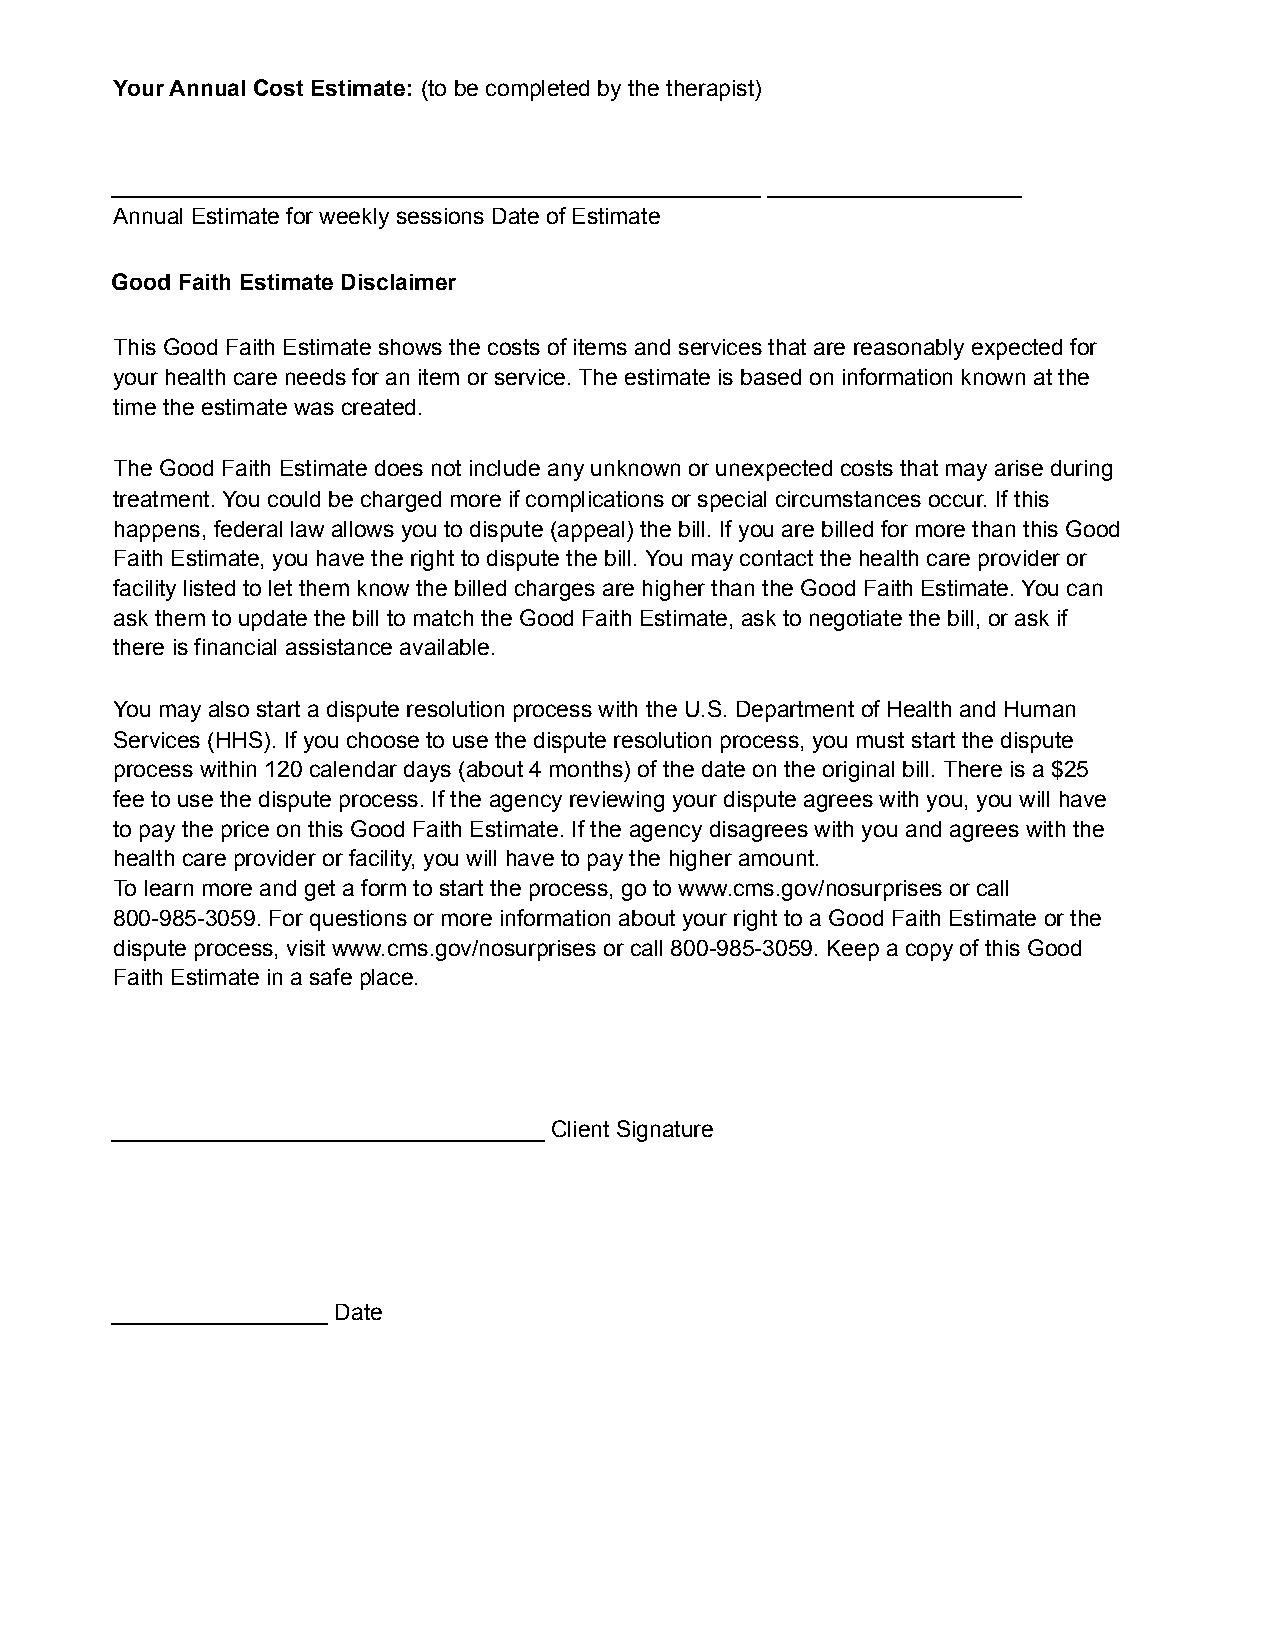
Your Annual Cost Estimate: (to be completed by the therapist)
 ___________________________________________________ ____________________
 Annual Estimate for weekly sessions Date of Estimate
 Good Faith Estimate Disclaimer
 This Good Faith Estimate shows the costs of items and services that are reasonably expected for
 your health care needs for an item or service. The estimate is based on information known at the
 time the estimate was created.
 The Good Faith Estimate does not include any unknown or unexpected costs that may arise during
 treatment. You could be charged more if complications or special circumstances occur. If this
 happens, federal law allows you to dispute (appeal) the bill. If you are billed for more than this Good
 Faith Estimate, you have the right to dispute the bill. You may contact the health care provider or
 facility listed to let them know the billed charges are higher than the Good Faith Estimate. You can
 ask them to update the bill to match the Good Faith Estimate, ask to negotiate the bill, or ask if
 there is financial assistance available.
 You may also start a dispute resolution process with the U.S. Department of Health and Human
 Services (HHS). If you choose to use the dispute resolution process, you must start the dispute
 process within 120 calendar days (about 4 months) of the date on the original bill. There is a $25
 fee to use the dispute process. If the agency reviewing your dispute agrees with you, you will have
 to pay the price on this Good Faith Estimate. If the agency disagrees with you and agrees with the
 health care provider or facility, you will have to pay the higher amount.
 To learn more and get a form to start the process, go to www.cms.gov/nosurprises or call
 800-985-3059. For questions or more information about your right to a Good Faith Estimate or the
 dispute process, visit www.cms.gov/nosurprises or call 800-985-3059. Keep a copy of this Good
 Faith Estimate in a safe place.
 __________________________________ Client Signature
 _________________ Date